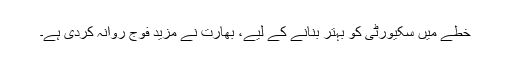
خطے میں سکیورٹی کو بہتر بنانے کے لیے، بھارت نے مزید فوج روانہ کردی ہے۔